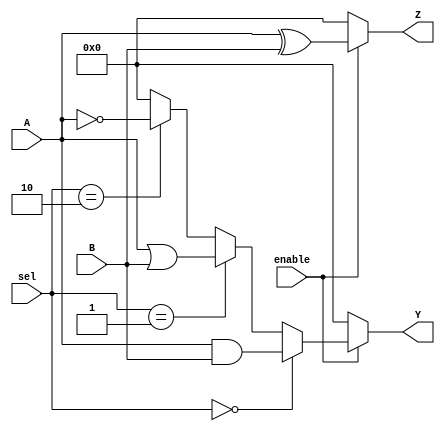
module combinational_logic_block (
    input wire [3:0] A,          // 4-bit input signal A
    input wire [3:0] B,          // 4-bit input signal B
    input wire [1:0] sel,        // 2-bit select signal for multiplexer
    input wire enable,           // Enable signal
    output wire [3:0] Y,         // 4-bit output signal Y
    output wire [3:0] Z          // Another 4-bit output signal Z
);

// Internal signals
wire [3:0] and_out;            // AND gate output
wire [3:0] or_out;             // OR gate output
wire [3:0] not_out;            // NOT gate output
wire [3:0] mux_out;            // Multiplexer output

// Logic Gates
assign and_out = A & B;        // AND operation
assign or_out = A | B;         // OR operation
assign not_out = ~A;           // NOT operation

// Multiplexer
assign mux_out = (sel == 2'b00) ? and_out :
                 (sel == 2'b01) ? or_out :
                 (sel == 2'b10) ? not_out :
                 4'b0000; // Default case

// Output Logic with Enable Control
assign Y = enable ? mux_out : 4'b0000; // Output Y is controlled by enable
assign Z = enable ? (A ^ B) : 4'b0000;  // Output Z is XOR of A and B

endmodule